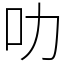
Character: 叻